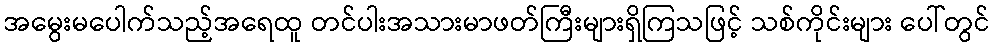
အမွေးမပေါက်သည့်အရေထူ တင်ပါးအသားမာဖတ်ကြီးများရှိကြသဖြင့် သစ်ကိုင်းများ ပေါ်တွင်